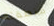
منطقته